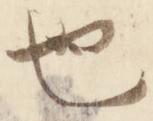
也